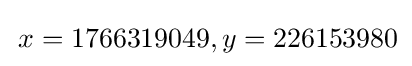
\,x=1766319049,y=226153980